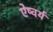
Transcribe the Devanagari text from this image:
ऐष्वर्य